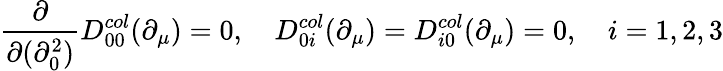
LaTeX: \frac{\partial}{\partial(\partial_{0}^{2})}D_{00}^{col}(\partial_{\mu})=0,\quad D_{0i}^{col}(\partial_{\mu})=D_{i0}^{col}(\partial_{\mu})=0,\quad i=1,2,3